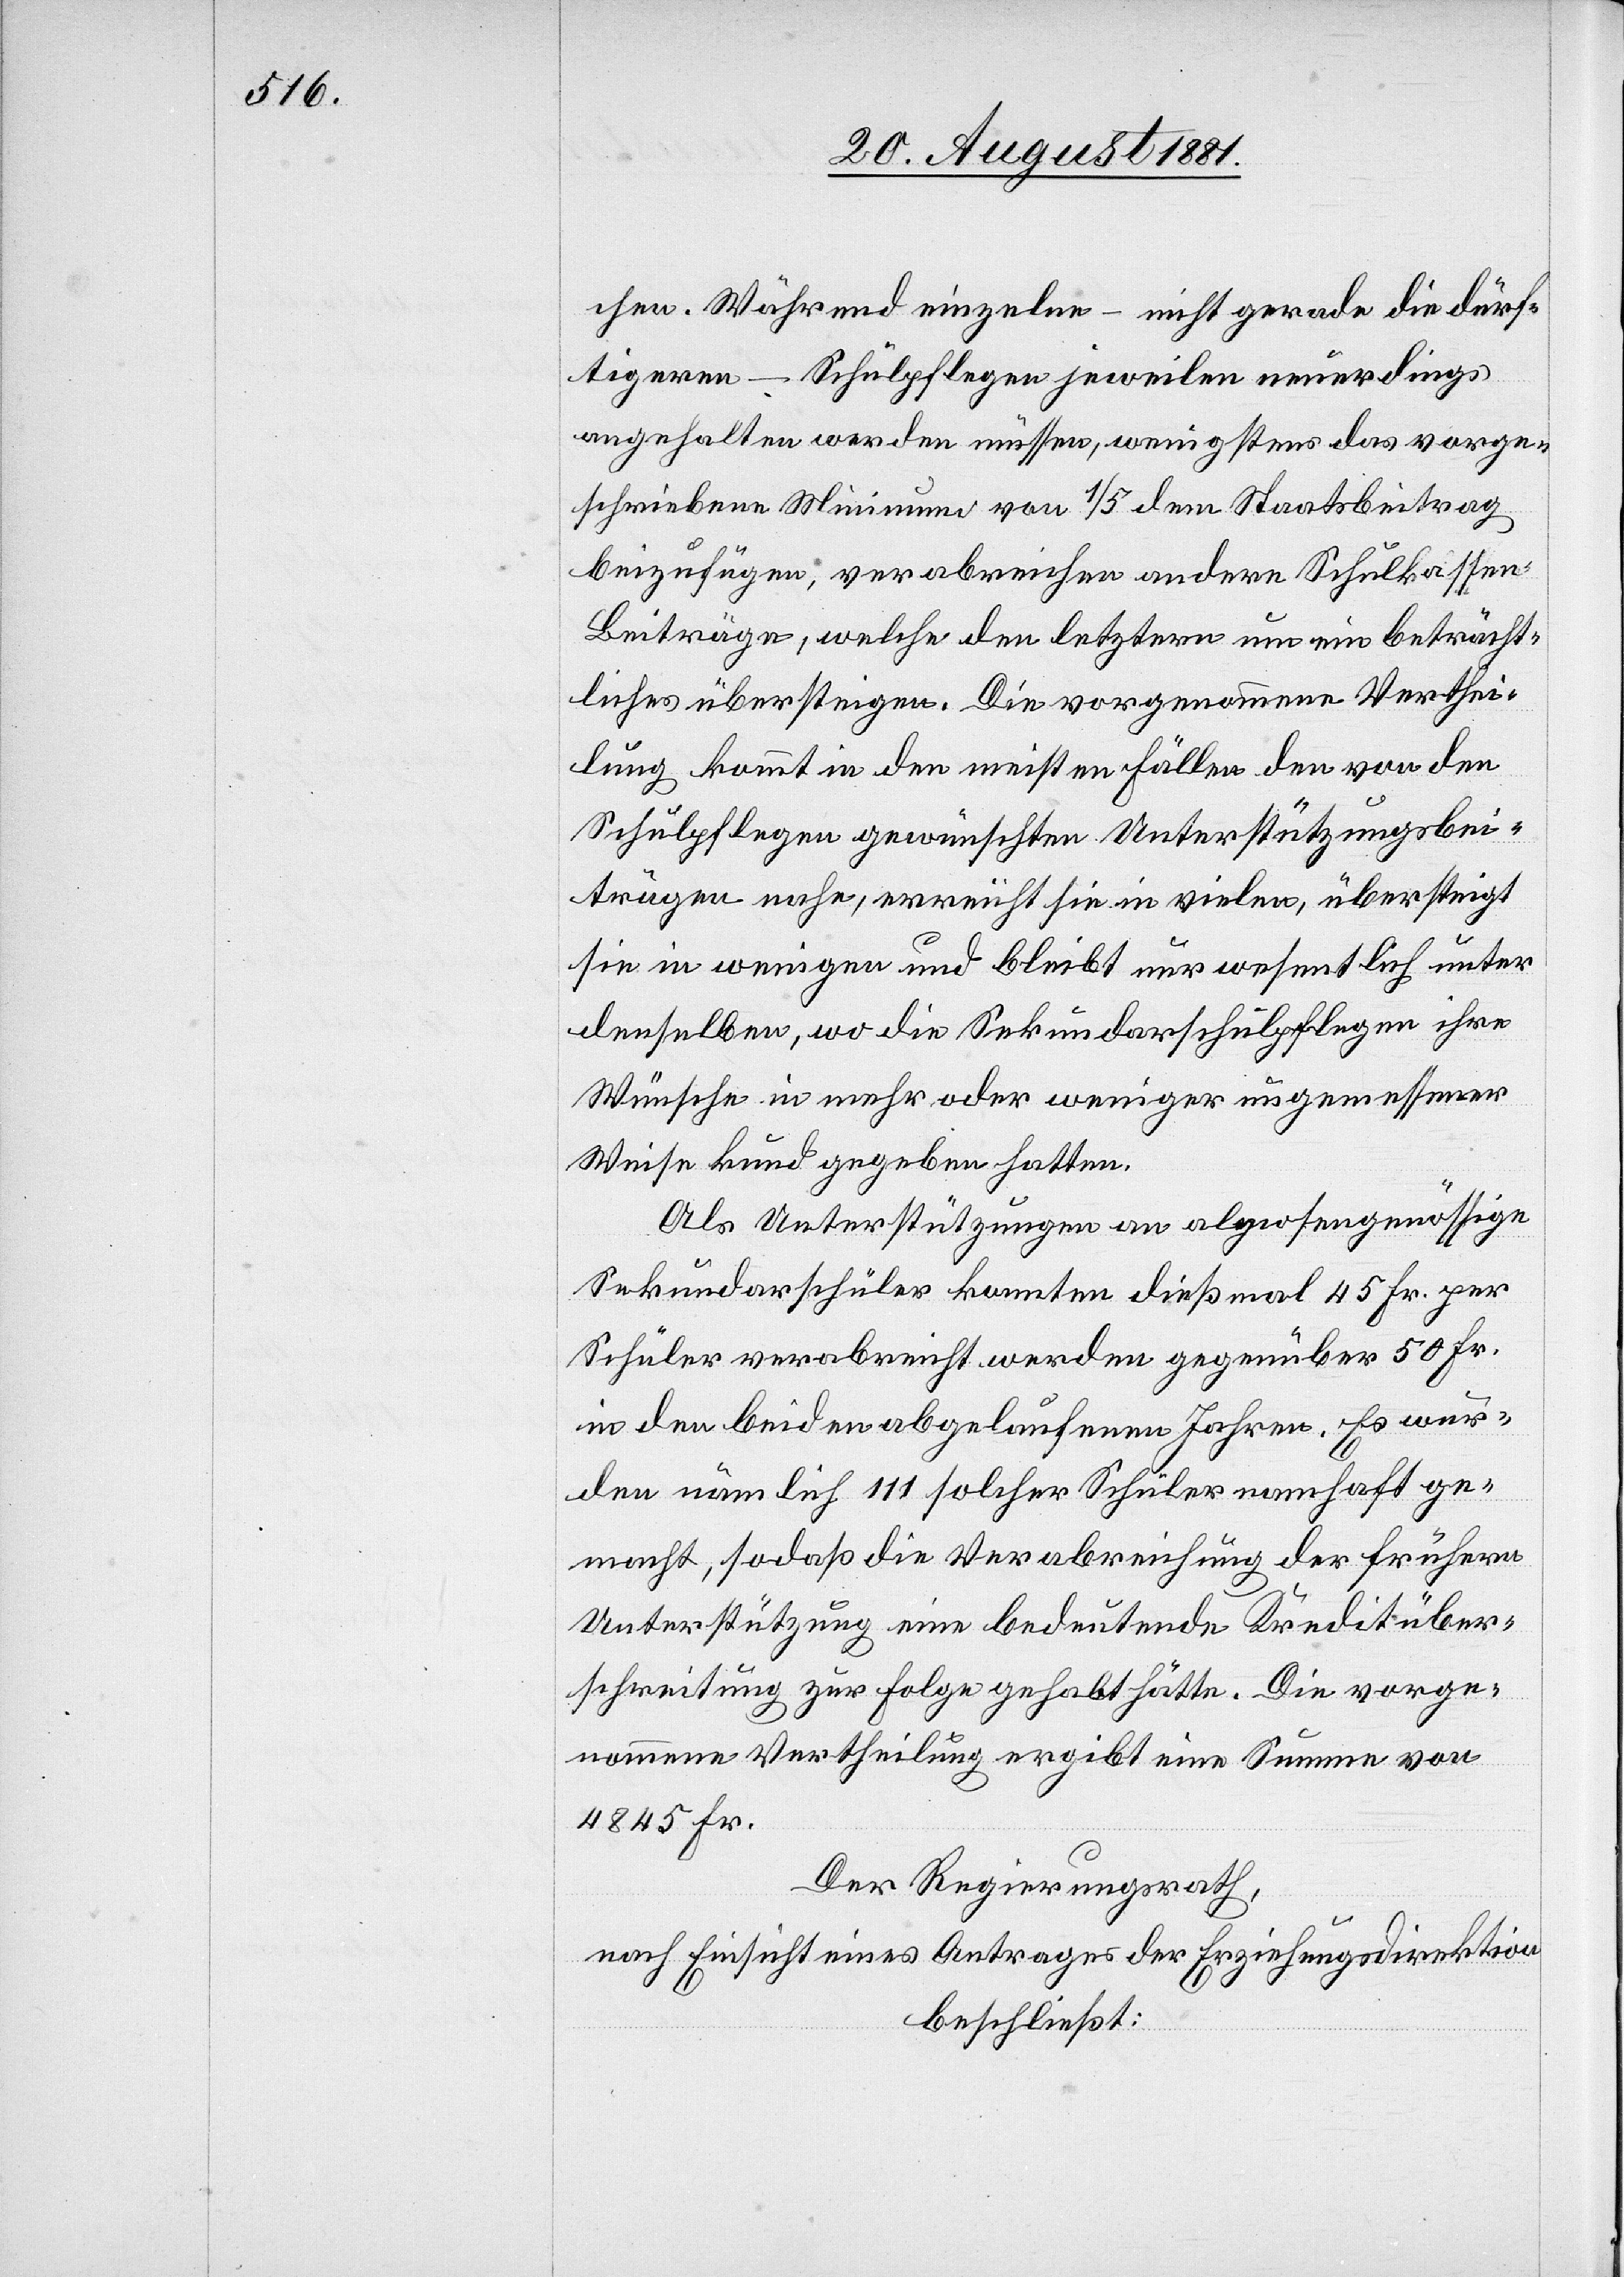
chen. Während einzelne – nicht gerade die dürf¬
tigeren – Schulpflegen jeweilen neuerdings
angehalten werden müssen, wenigstens das vorge¬
schriebene Minimum von 1/5 dem Staatsbeitrag
beizufügen, verabreichen andere Schulkassen
Beiträge, welche den letztern um ein beträcht¬
liches übersteigen. Die vorgenommene Verthei¬
lung kommt in den meisten Fällen den von den
Schulpflegen gewünschten Unterstützungsbei¬
trägen nahe, erreicht sie in vielen, übersteigt
sie in wenigen und bleibt nur wesentlich unter
denselben, wo die Sekundarschulpflegen ihre
Wünsche in mehr oder weniger [a]ngemessener
Weise kund gegeben hatten.
Als Unterstützungen an algosengenössige
Sekundarschüler konnten dieß wol 45 Fr. per
Schüler verabreicht werden gegenüber 50 Fr.
in den beiden abgelaufenen Jahren. Es wur¬
den nämlich 111 solcher Schüler namenhaft ge¬
macht, sodaß die Verabreichung der frühern
Unterstützung eine bedeutende Kreditüber¬
schreitung zur Folge gehabt hätte. Die vorge¬
nommene Vertheilung ergibt eine Summe von
4845 Fr.
Der Regierungsrath,
nach Einsicht eines Antrages der Erziehungsdirektion[,]
beschließt: